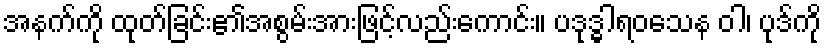
အနက်ကို ထုတ်ခြင်း၏အစွမ်းအားဖြင့်လည်းကောင်း။ ပဒုဒ္ဓါရဝသေန ဝါ၊ ပုဒ်ကို